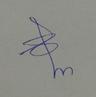
Signature authenticity: genuine